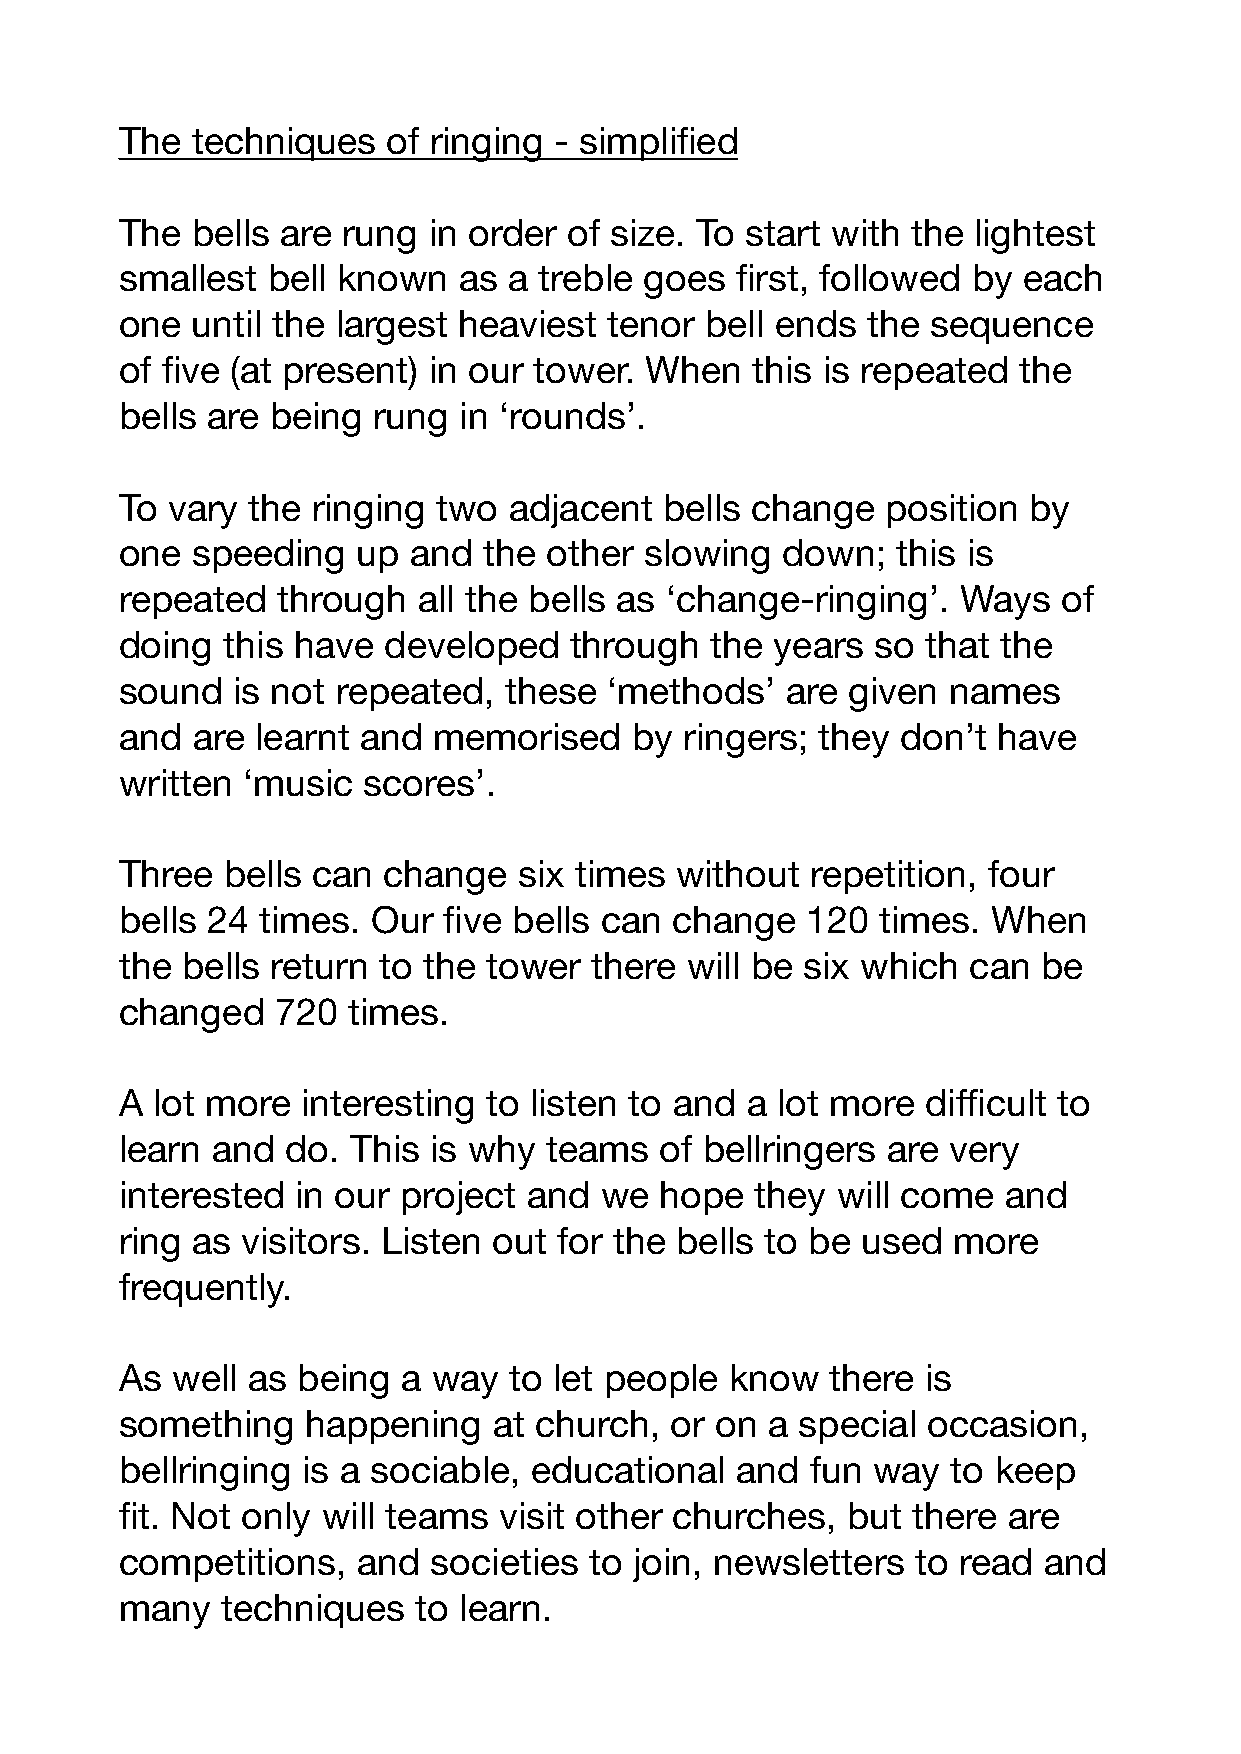
The  techniques   of ringing - simplified
 The  bells are rung in order  of size. To start with the lightest
 smallest  bell known  as  a treble goes  first, followed by each
 one  until the largest heaviest tenor  bell ends the  sequence
 of five (at present) in our tower. When   this is repeated the
 bells are being  rung in ‘rounds’.
 To vary the  ringing two  adjacent  bells change   position by
 one  speeding   up and  the other  slowing  down;  this is
 repeated  through   all the bells as ‘change-ringing’.  Ways  of
 doing  this have developed    through  the years  so that the
 sound  is not repeated,  these  ‘methods’   are given  names
 and  are learnt and  memorised    by ringers; they  don’t have
 written ‘music  scores’.
 Three  bells can change   six times  without  repetition, four
 bells 24 times.  Our five bells can change   120  times.  When
 the bells return to the tower  there will be six which  can  be
 changed   720  times.
 A lot more  interesting to listen to and a lot more  difficult to
 learn and  do. This is why  teams   of bellringers are very
 interested  in our project and  we  hope  they will come  and
 ring as visitors. Listen out for the bells to be used  more
 frequently.
 As well as  being  a way  to let people know   there is
 something   happening    at church, or on  a special occasion,
 bellringing is a sociable, educational   and  fun way  to keep
 fit. Not only will teams visit other churches,  but there  are
 competitions,   and  societies to join, newsletters  to read and
 many   techniques   to learn.